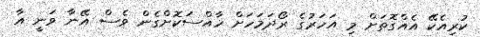
ކުރިއެކޭ އެއްގޮތަށް މި އަހަރުގެ ރޯދަމަހަށް ހާއްސަކޮށްގެން ވެސް އޭނާ ވަނީ އާ